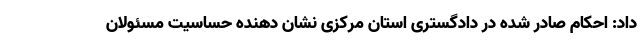
داد: احکام صادر شده در دادگستری استان مرکزی نشان دهنده حساسیت مسئولان